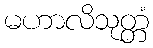
မဟာလိသုတ္တံ